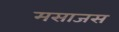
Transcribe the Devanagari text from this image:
मसाजस